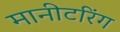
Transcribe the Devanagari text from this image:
मानीटरिंग